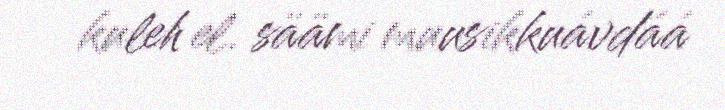
kuleh el. säämi muusikkuávdáá